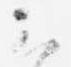
云